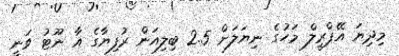
މިދިޔަ އޭޕްރީލް މަހުގެ ނިޔަލަށް 2.5 ބިލިއަން ރުފިޔާގެ އާ ނޫޓު ވަނީ